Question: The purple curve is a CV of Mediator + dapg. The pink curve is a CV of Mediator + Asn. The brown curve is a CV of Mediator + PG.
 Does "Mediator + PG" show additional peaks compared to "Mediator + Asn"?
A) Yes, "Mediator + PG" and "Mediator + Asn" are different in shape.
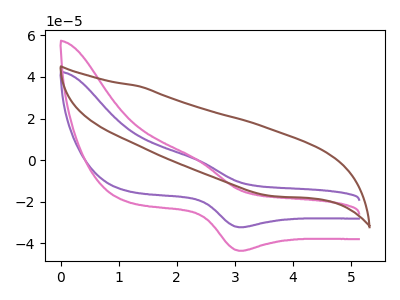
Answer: <think>The purple curve "Mediator + dapg" has an anodic peak at (2.30V, 0.95uA) and a cathodic peak at (3.05V, -32.20uA). The pink curve "Mediator + Asn" has an anodic peak at (2.30V, 1.30uA) and a cathodic peak at (3.05V, -43.50uA). The brown curve "Mediator + PG" has no peaks.
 "Mediator + PG" and "Mediator + Asn" have a different number of peaks.</think>
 <answer>A) Yes, "Mediator + PG" and "Mediator + Asn" are different in shape.</answer>
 <eval>A</eval>